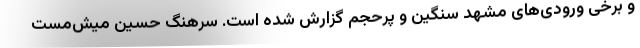
و برخی ورودی‌های مشهد سنگین و پرحجم گزارش شده است. سرهنگ حسین میش‌مست